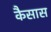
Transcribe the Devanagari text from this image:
कैसास